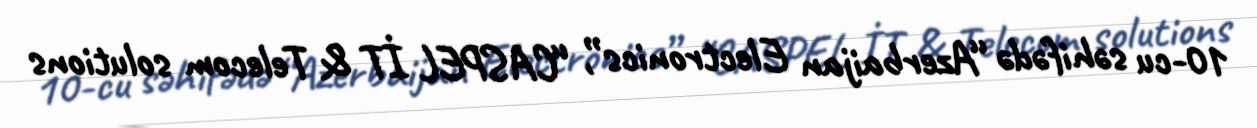
10-cu səhifədə “Azerbaijan Electronics”, “CASPEL İT & Telecom solutions